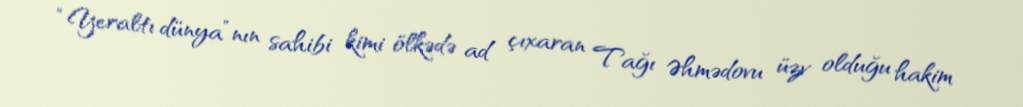
“Yeraltı dünya”nın sahibi kimi ölkədə ad çıxaran Tağı Əhmədovu üzv olduğu hakim